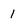
Character: 1